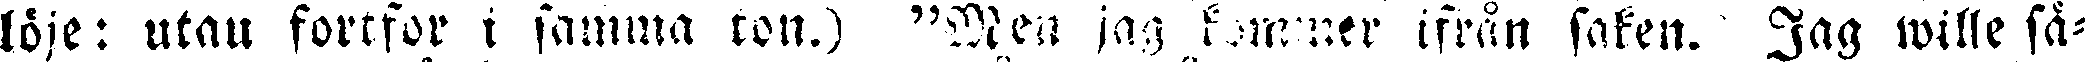
löje: utan fortfor i samma ton.) "Men jag kommer ifrån saken. Jag wille sä-